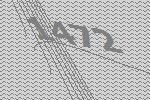
1472